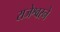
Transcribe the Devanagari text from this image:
राजेश्वरने